Vaccination in the Punjab 1897-1904 - 1897-1904
Year: 1897
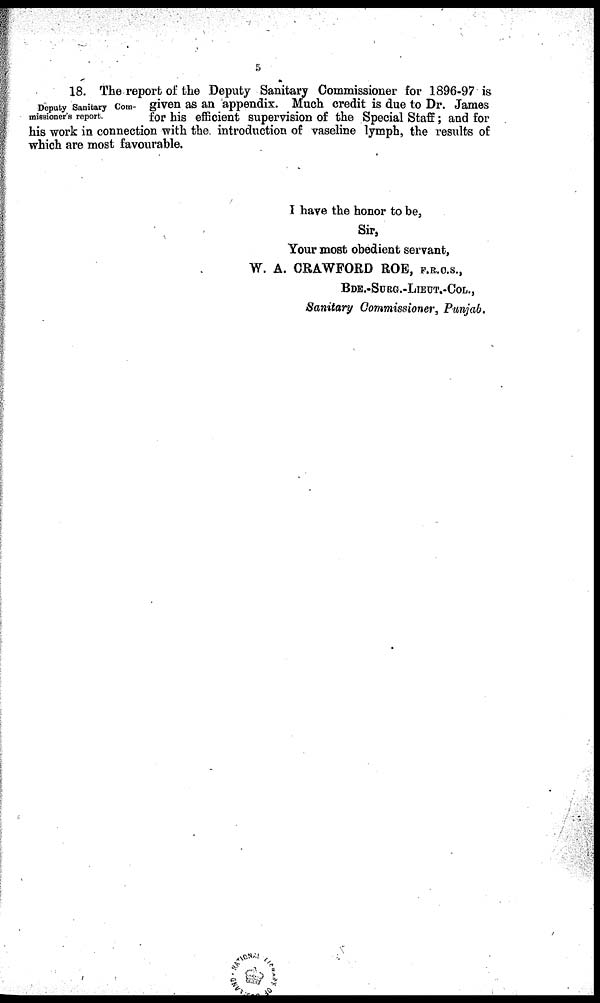
18. The report of the Deputy Sanitary Commissioner for 1896-97 is
Deputy Sanitary Com- given as an appendix. Much credit is due to Dr. James
misioner's report. for his efficient supervision of the Special Staff; and for
his work in connection with the. introduction of vaseline lymph, the results of
which are most favourable.
I have the honor to be,
Sir,
Your most obedient servant,
W. A. CRAWFORD ROE, F.R.C.S.,
BDE.-SURG.-LIEUT.-COL.,
Sanitary Commissioner, Punjab.